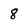
Character: 8